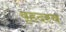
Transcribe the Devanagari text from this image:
वृहदस्व